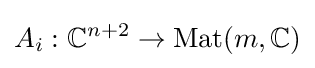
A_{i}:\mathbb {C} ^{n+2}\rightarrow \mathrm {Mat} (m,\mathbb {C} )